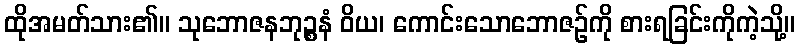
ထိုအမတ်သား၏။ သုဘောဇနဘုဉ္စနံ ဝိယ၊ ကောင်းသောဘောဇဉ်ကို စားရခြင်းကိုကဲ့သို့။